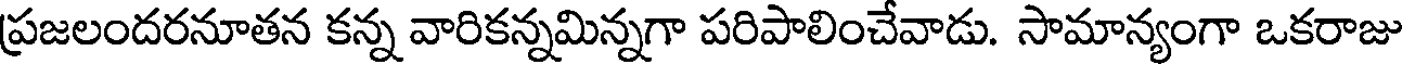
ప్రజలందరనూతన కన్న వారికన్నమిన్నగా పరిపాలించేవాడు. సామాన్యంగా ఒకరాజు